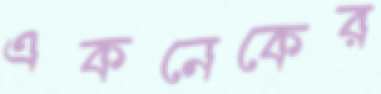
একনেকের